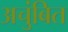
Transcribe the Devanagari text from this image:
अचुंबित